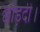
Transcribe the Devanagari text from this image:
छोड़दी।